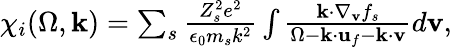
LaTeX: \begin{array}{r}{\chi_{i}(\Omega,\mathbf{k})=\sum_{s}\frac{Z_{s}^{2}e^{2}}{\epsilon_{0}m_{s}k^{2}}\int\frac{\mathbf{k}\cdot\nabla_{\mathbf{v}}f_{s}}{\Omega-\mathbf{k}\cdot\mathbf{u}_{f}-\mathbf{k}\cdot\mathbf{v}}d\mathbf{v},}\end{array}